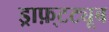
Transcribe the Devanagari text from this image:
ड्राफ़्टट्यूब